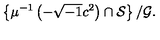
\left\{ \mu ^ { - 1 } \left( - \sqrt { - 1 } c ^ { 2 } \right) \cap \mathcal { S } \right\} / \mathcal { G } .